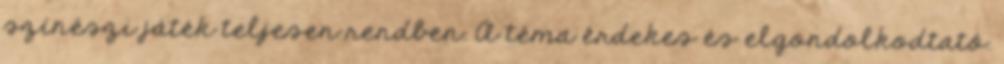
színészi játék teljesen rendben. A téma érdekes és elgondolkodtató.